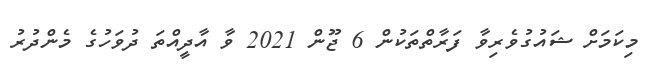
މިކަމަށް ޝައުގުވެރިވާ ފަރާތްތަކުން 6 ޖޫން 2021 ވާ އާދީއްތަ ދުވަހުގެ މެންދުރު